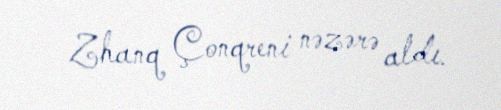
Zhanq Çonqreni nəzərə aldı.